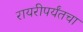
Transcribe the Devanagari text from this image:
रायरीपर्यंतचा